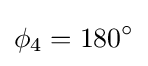
\phi _{4}=180^{\circ }